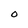
Character: O